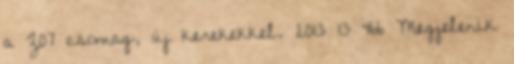
a Z07 csomag, új kerekekkel. 2013 13 466 Megjelenik